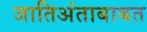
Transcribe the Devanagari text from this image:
जातिअंताबाबत